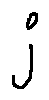
j